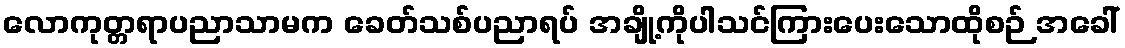
လောကုတ္တရာပညာသာမက ခေတ်သစ်ပညာရပ် အချို့ကိုပါသင်ကြားပေးသောထိုစဉ် အခေါ်